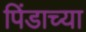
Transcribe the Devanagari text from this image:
पिंडाच्या